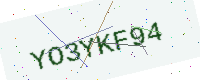
Text: YO3YKF94